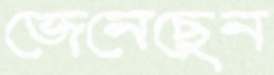
জেনেছেন